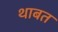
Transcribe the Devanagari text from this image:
थाबत